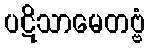
ပဋိသာမေတဗ္ဗံ